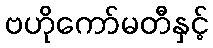
ဗဟိုကော်မတီနှင့်